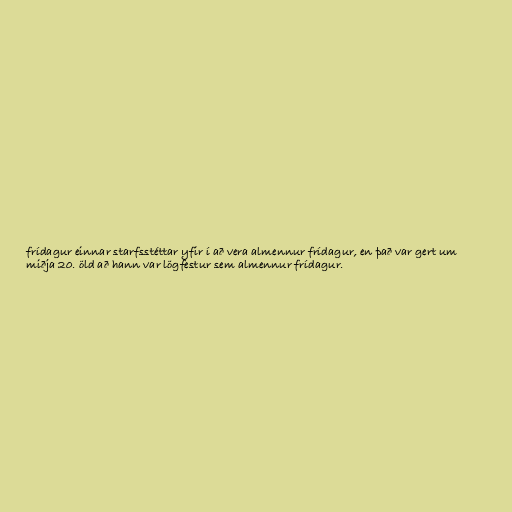
frídagur einnar starfsstéttar yfir í að vera almennur frídagur, en það var gert um
miðja 20. öld að hann var lögfestur sem almennur frídagur.